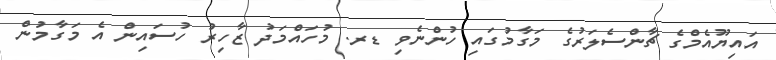
އައިޔޫއެމްގެ ޗާންސެލަރުގެ މަގާމުގައި ހުންނެވި ޑރ. މުހައްމަދު ޒާހިރު ހުސައިން އެ މަގާމުން